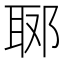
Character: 郰